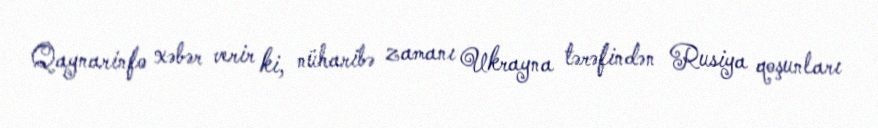
Qaynarinfo xəbər verir ki, nüharibə zamanı Ukrayna tərəfindən Rusiya qoşunları